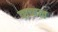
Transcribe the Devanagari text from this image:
वाच्यत्व